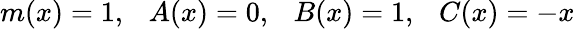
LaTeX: m(x)=1,\ \ \ A(x)=0,\ \ \ B(x)=1,\ \ \ C(x)=-x